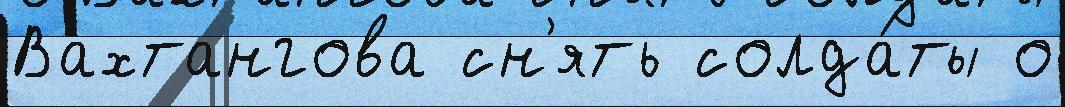
Вахтангова сн'ять солда́ты о